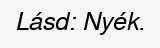
Lásd: Nyék.